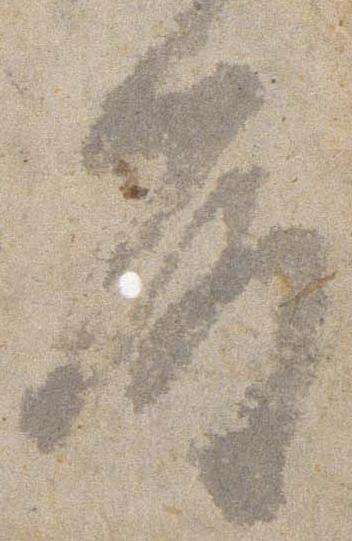
殿